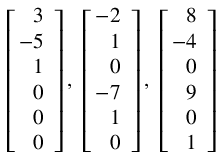
\left[ \! \! { \begin{array} { r } { 3 } \\ { - 5 } \\ { 1 } \\ { 0 } \\ { 0 } \\ { 0 } \end{array} } \right] , \; \left[ \! \! { \begin{array} { r } { - 2 } \\ { 1 } \\ { 0 } \\ { - 7 } \\ { 1 } \\ { 0 } \end{array} } \right] , \; \left[ \! \! { \begin{array} { r } { 8 } \\ { - 4 } \\ { 0 } \\ { 9 } \\ { 0 } \\ { 1 } \end{array} } \right]